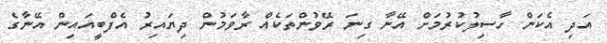
އަދި އެކަން ހާސިލުކުރުމަށް އޭނާ ގިނަ ރޭވުންތަކެއް ރާވަމުން ދިޔައިރު އެފްބީއައިން އޭނާގެ